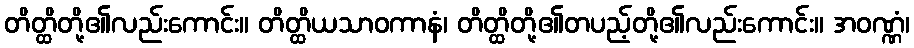
တိတ္ထိတို့၏လည်းကောင်း။ တိတ္ထိယသာဝကာနံ၊ တိတ္ထိတို့၏တပည့်တို့၏လည်းကောင်း။ အဝဏ္ဏံ၊